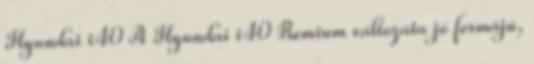
Hyundai i40 A Hyundai i40 Premium változata jó formájú,